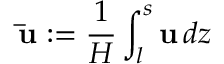
\displaystyle \mathbf { \bar { u } } : = \frac { 1 } { H } \int _ { l } ^ { s } \mathbf { u } \, d z